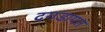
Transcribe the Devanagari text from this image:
दगडागत